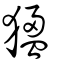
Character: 𤟣